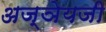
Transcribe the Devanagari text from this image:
अज्ञेयजी